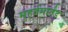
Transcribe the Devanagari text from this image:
मुहूर्तमार्तंड